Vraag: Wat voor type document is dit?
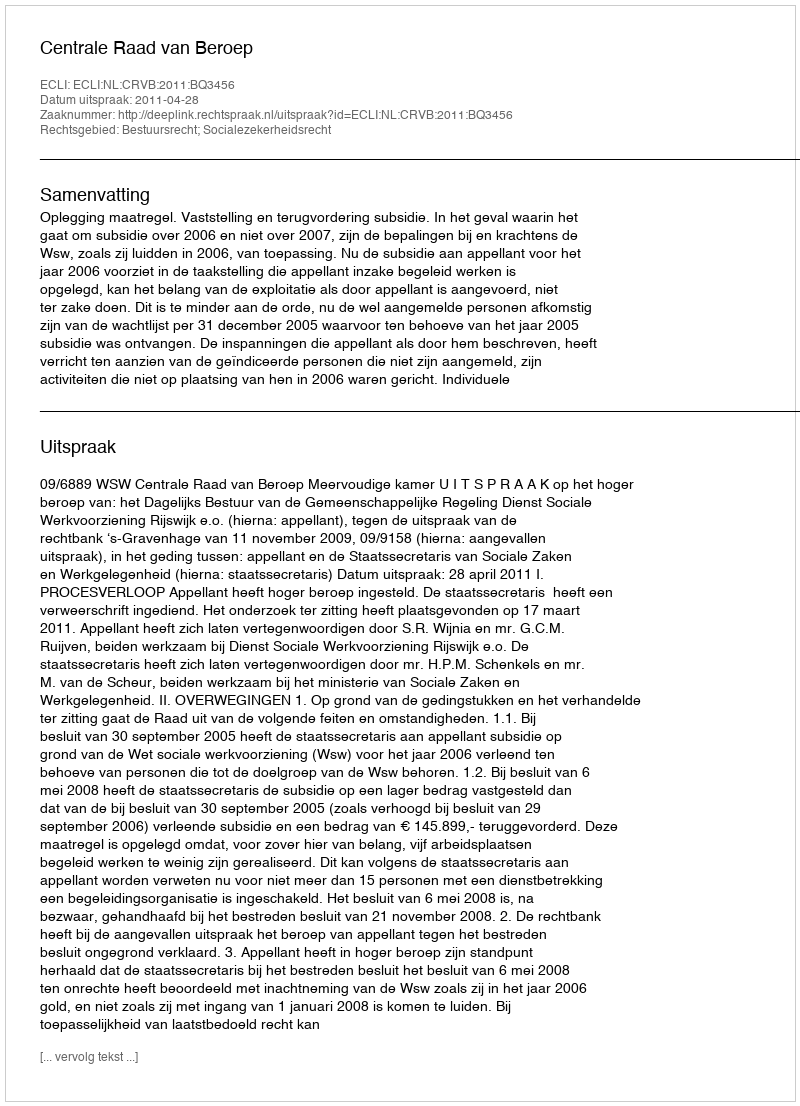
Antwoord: Uitspraak